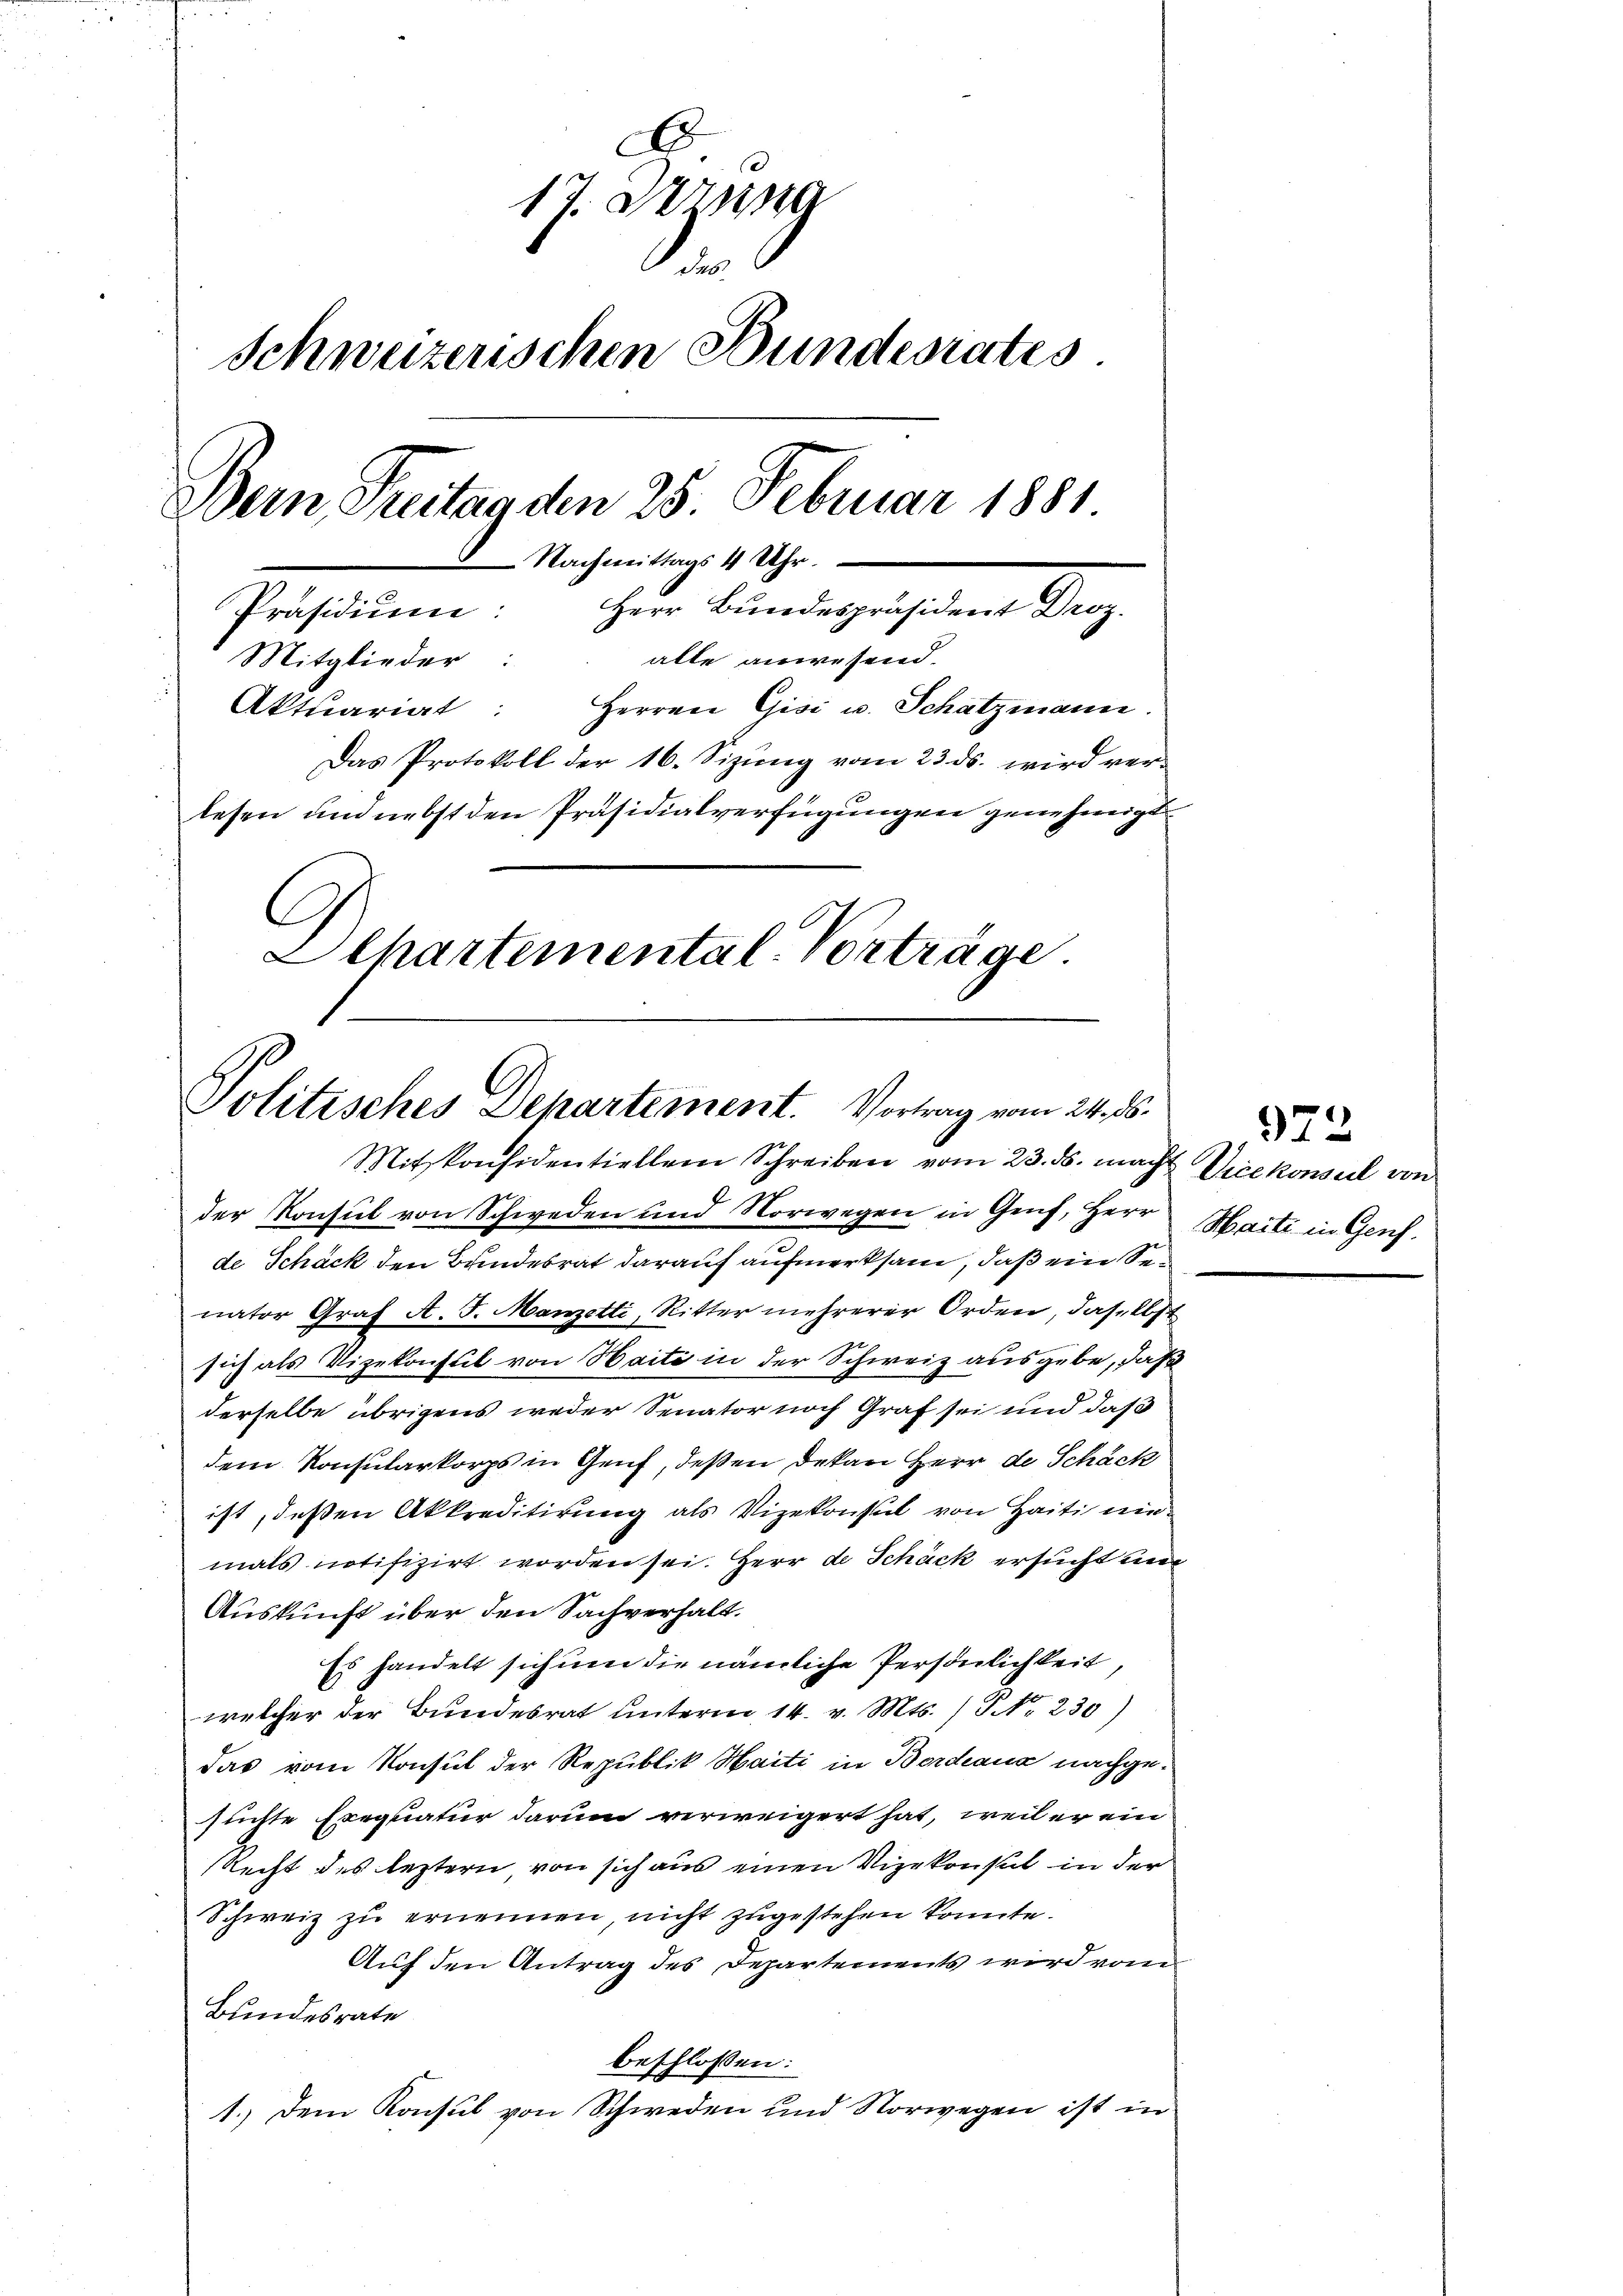
A.
17. Dezusa

Schweizerischen Bundesrates
Dein Freitag den 25. Februar 1881.
Nachmittags 4 Uhr.
Präsidium: Herr Bundespräsident Droz.
Mitglieder:
 alte anwesend.
Aktuariat: Herren Gisi u. Schatzmann.
Das Protokoll der 16. Sizŭng vom 23. ds. wird verlesen und nebst den Präsidialverfügungen genehmigt.
C
1
Echartemental-Erträge.

Politisches Departement. Vortrag vom 24. ds.
Mitkonsidentiellem Schreiben vom 23. ds. mach
der Konsul von Schweden und Norwegen in Genf, Herr

de Schack den Bandesrat darauf aufmerksam, daß ein Senator Graf A. J. Manzetti, Ritter mehrerer Orden, daselbst
sich als Vizekonsul von Haite in der Schweiz ausgebe, daß
derselbe übrigens weder Senator noch Graf sei und daß
dem Konsularkorps in Genf, deßen Dekan Herr de Schäck
ist, deßen Akkreditirung als Vizekonsul von Haiti nie-
mals notifizirt worden sei. Herr de Schäck ersucht un
Auskunft über den Sachverhalt.
Es handelt sich um die nämliche Persönlichkeit,
welcher der Bundesrat unterm 14. v. Mts. /PNNo. 230)
das vom Konsul der Republik Haiti in Bordiana nachgesuchte Exequatur darum verweigert hat, weil er ein
Recht des leztern von sich aus einen Vizekonsul in der
Schweiz zu ernennen nicht zugestehen konnte.
Auf den Antrag des Departements wird vom
Bundesrate
beschlossen:
1.) Dem Konsul von Schweden und Norwegen ist in

973
Vicekonsul von
Haiti in Genf.